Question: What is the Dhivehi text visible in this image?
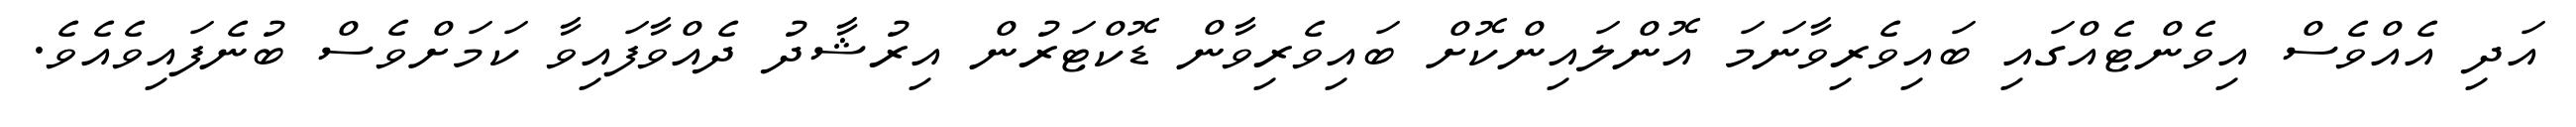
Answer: އަދި އެއްވެސް އިވެންޓެއްގައި ބައިވެރިވާނަމަ އޮންލައިންކޮށް ބައިވެރިވާން ޑޮކްޓަރުން އިރުޝާދު ދެއްވާފައިވާ ކަމަށްވެސް ބުނެފައިވެއެވެ.